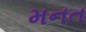
મનત